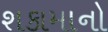
શકામાનો